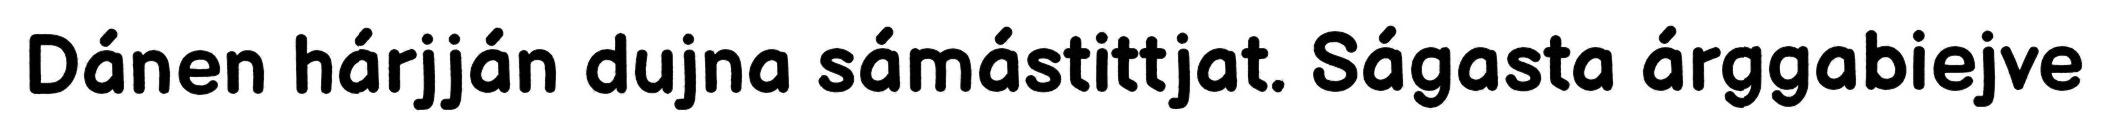
Dánen hárjján dujna sámástittjat. Ságasta árggabiejve